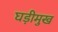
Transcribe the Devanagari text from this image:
घड़ीमुख